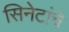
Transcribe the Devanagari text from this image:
सिनेटांचे